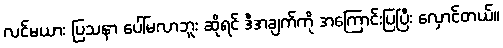
လင်မယား ပြသနာ ပေါ်မလာဘူး ဆိုရင် ဒီအချက်ကို အကြောင်းပြပြီး လှောင်တယ်။